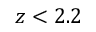
z < 2 . 2